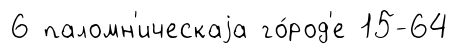
6 паломн'ическаjа го́род'е 15-64